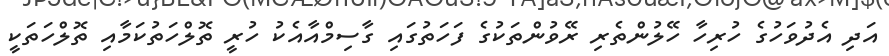
އަދި އެދުވަހުގެ ހުރިހާ ހޭލުންތެރި ރޭވުންތަކުގެ ފަހަތުގައި ގާސިމްއާއެކު ހުރީ ތޮލްހަތުކަމާއި ތޮލްހަތަކީ